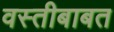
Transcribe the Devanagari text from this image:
वस्तीबाबत